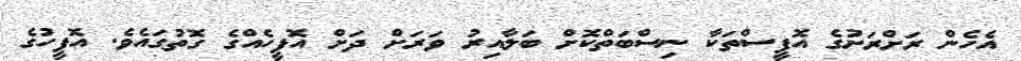
އެހެން ރަށްރަށުގެ އޮފީސްތަކާ ނިސްބަތްކޮށް ބަލާއިރު ވަރަށް ދަށް އޮފީހެއްގެ ގޮތުގައެވެ. އޮފީހުގެ